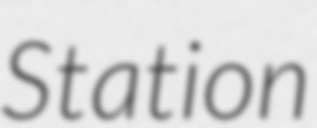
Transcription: Station